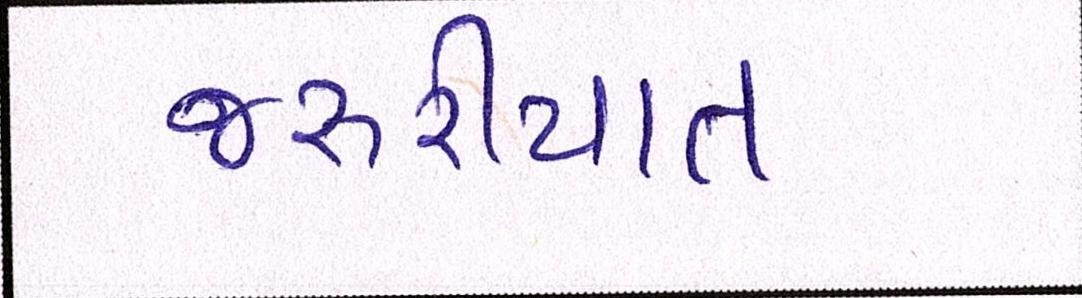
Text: જરૂરીયાત